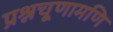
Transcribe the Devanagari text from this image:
प्रश्नचूणामणि